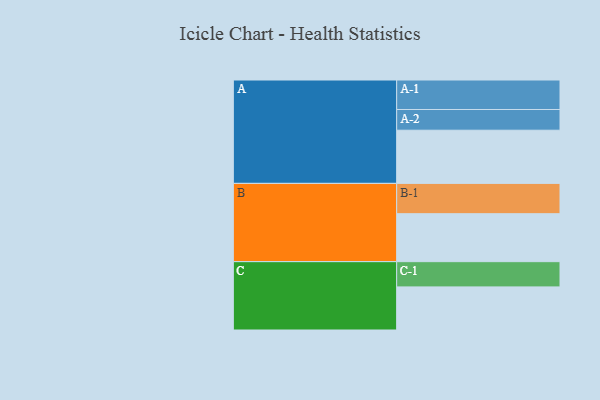
{"axis": {"x": "Segment", "y": "Value"}, "legend": ["", "A", "B", "C"], "data": [{"x": "A", "y": 449, "type": ""}, {"x": "B", "y": 405, "type": ""}, {"x": "C", "y": 364, "type": ""}, {"x": "A-1", "y": 249, "type": "A"}, {"x": "A-2", "y": 175, "type": "A"}, {"x": "B-1", "y": 256, "type": "B"}, {"x": "C-1", "y": 213, "type": "C"}]}